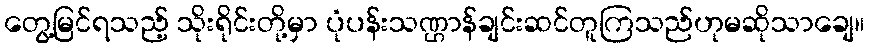
တွေ့မြင်ရသည့် သိုးရိုင်းတို့မှာ ပုံပန်းသဏ္ဌာန်ချင်းဆင်တူကြသည်ဟုမဆိုသာချေ။